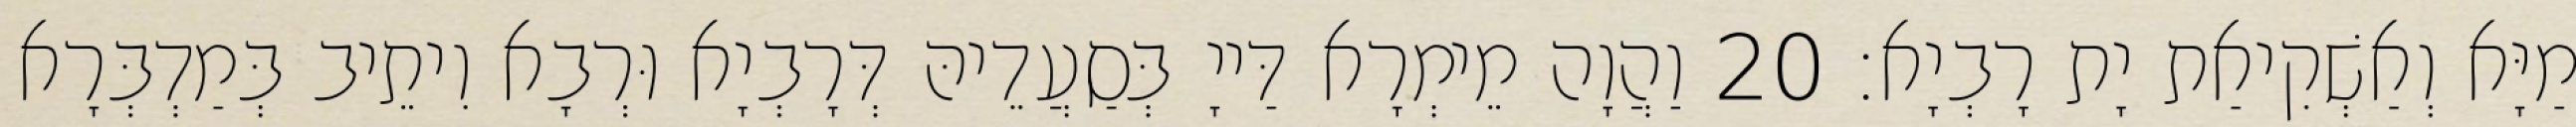
מַיָּא וְאַשְׁקִיאַת יָת רָבְיָא׃ 20 וַהֲוָה מֵימְרָא דַּייָ בְּסַעֲדֵיהּ דְּרָבְיָא וּרְבָא וִיתֵיב בְּמַדְבְּרָא